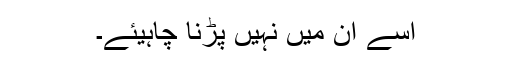
اسے ان میں نہیں پڑنا چاہیئے۔